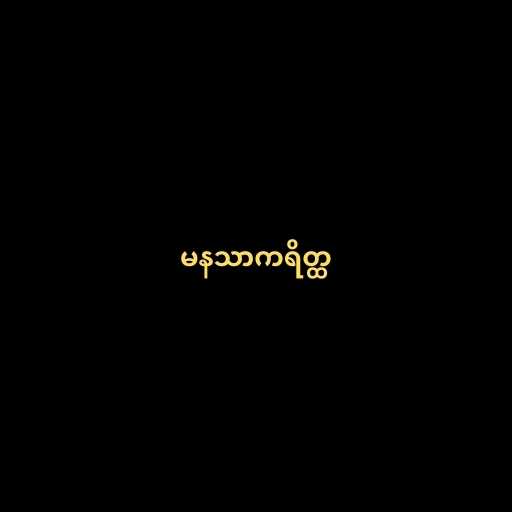
မနသာကရိတ္ထ